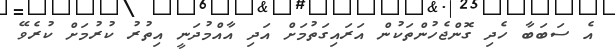
އެ ސަބަބާ ހެދި ގޮންޖެހުންތަކުން އަރައިގަތުމަށް އަދި އާއްމުދަނީ އިތުރު ކުރުމަށް ކުރެވޭ